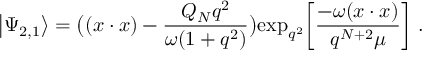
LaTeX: \big | \Psi _ { 2 , 1 } \big > = \big ( ( x \cdot x ) - { \frac { Q _ { N } q ^ { 2 } } { \omega ( 1 + q ^ { 2 } ) } } \big ) \mathrm { e x p } _ { q ^ { 2 } } \bigg [ { \frac { - \omega ( x \cdot x ) } { q ^ { N + 2 } \mu } } \bigg ] \ .